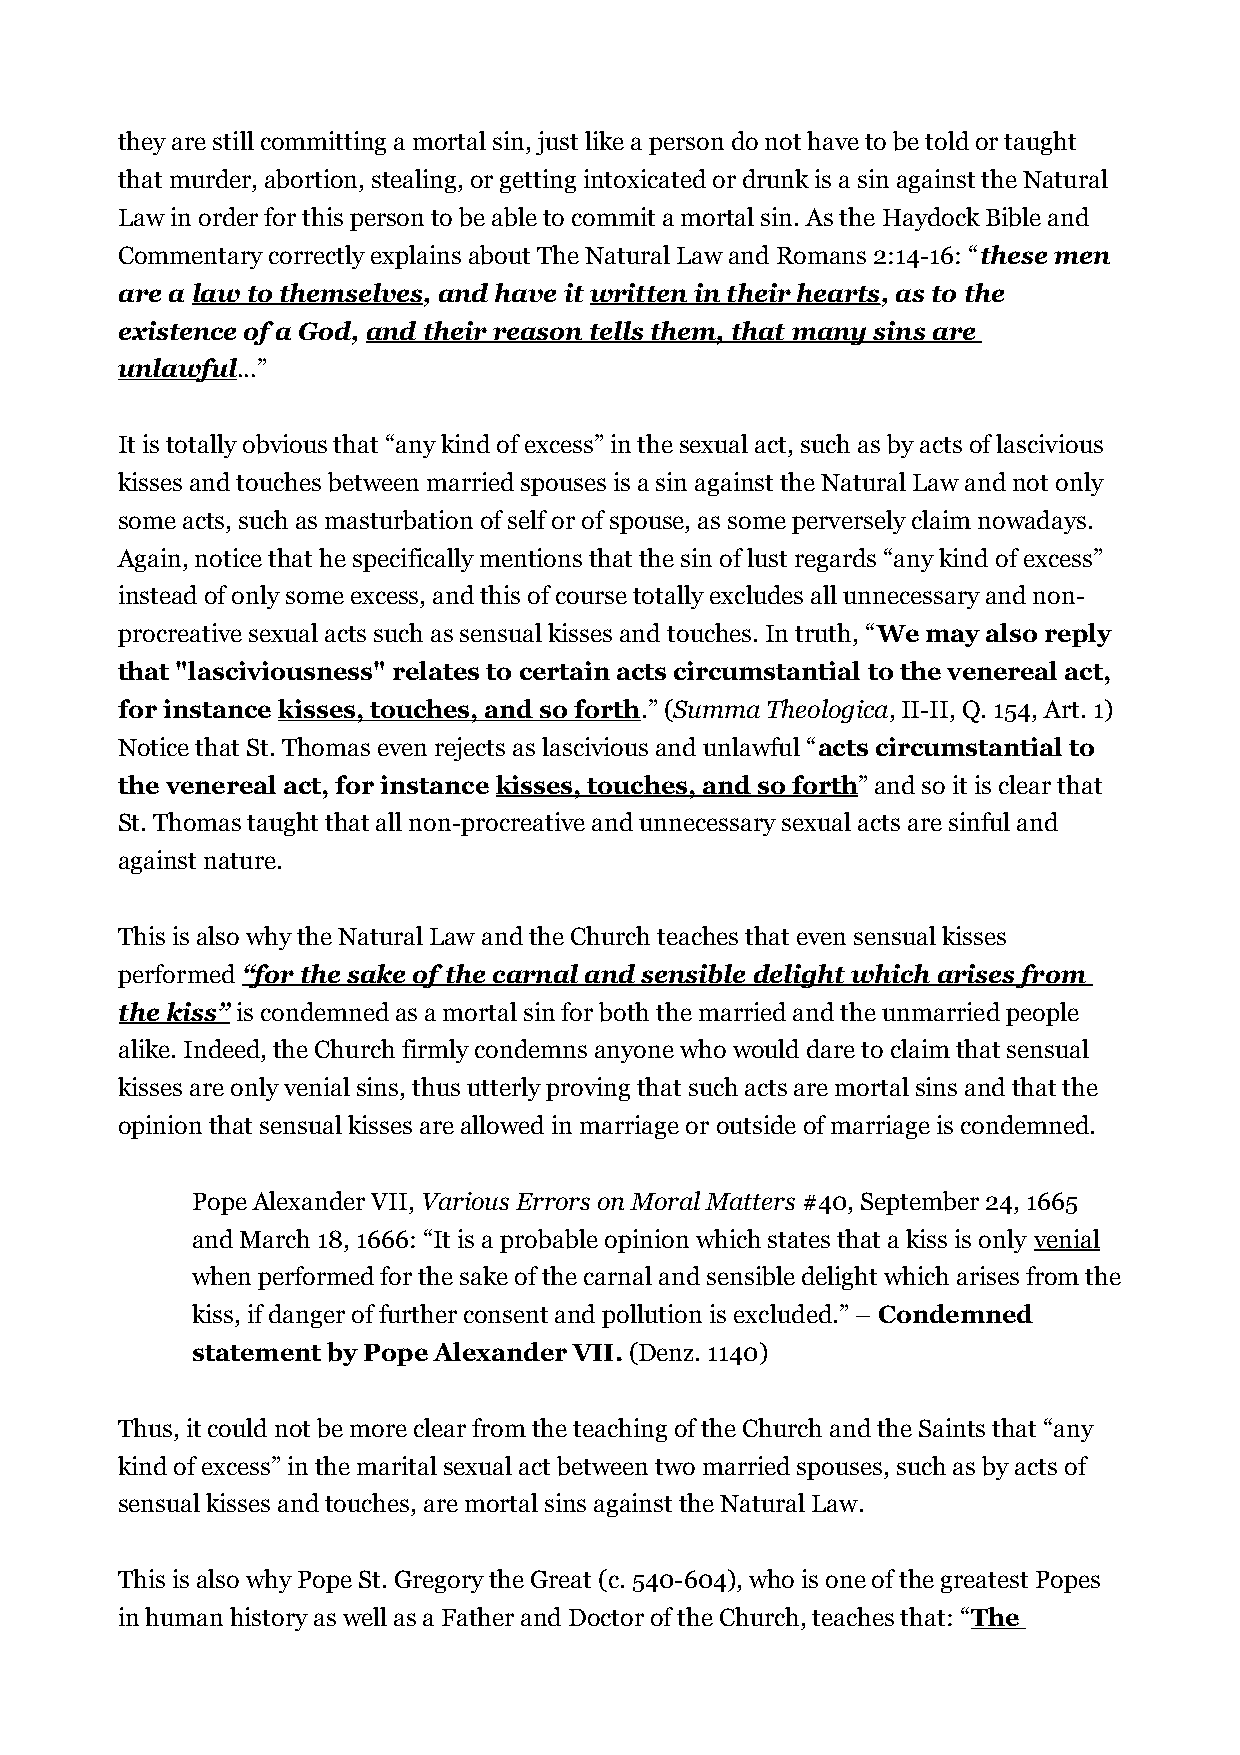
they are still committing a mortal sin, just like a person do not have to be told or taught
 that murder, abortion, stealing, or getting intoxicated or drunk is a sin against the Natural
 Law in order for this person to be able to commit a mortal sin. As the Haydock Bible and
 Commentary correctly explains about The Natural Law and Romans 2:14-16: “these men
 are a law to themselves, and have it written in their hearts, as to the
 existence of a God, and their reason tells them, that many sins are
 unlawful...”
 It is totally obvious that “any kind of excess” in the sexual act, such as by acts of lascivious
 kisses and touches between married spouses is a sin against the Natural Law and not only
 some acts, such as masturbation of self or of spouse, as some perversely claim nowadays.
 Again, notice that he specifically mentions that the sin of lust regards “any kind of excess”
 instead of only some excess, and this of course totally excludes all unnecessary and non-
 procreative sexual acts such as sensual kisses and touches. In truth, “We may also reply
 that "lasciviousness" relates to certain acts circumstantial to the venereal act,
 for instance kisses, touches, and so forth.” (Summa Theologica, II-II, Q. 154, Art. 1)
 Notice that St. Thomas even rejects as lascivious and unlawful “acts circumstantial to
 the venereal act, for instance kisses, touches, and so forth” and so it is clear that
 St. Thomas taught that all non-procreative and unnecessary sexual acts are sinful and
 against nature.
 This is also why the Natural Law and the Church teaches that even sensual kisses
 performed “for the sake of the carnal and sensible delight which arises from
 the kiss” is condemned as a mortal sin for both the married and the unmarried people
 alike. Indeed, the Church firmly condemns anyone who would dare to claim that sensual
 kisses are only venial sins, thus utterly proving that such acts are mortal sins and that the
 opinion that sensual kisses are allowed in marriage or outside of marriage is condemned.
 Pope Alexander VII, Various Errors on Moral Matters #40, September 24, 1665
 and March 18, 1666: “It is a probable opinion which states that a kiss is only venial
 when performed for the sake of the carnal and sensible delight which arises from the
 kiss, if danger of further consent and pollution is excluded.” – Condemned
 statement by Pope Alexander VII. (Denz. 1140)
 Thus, it could not be more clear from the teaching of the Church and the Saints that “any
 kind of excess” in the marital sexual act between two married spouses, such as by acts of
 sensual kisses and touches, are mortal sins against the Natural Law.
 This is also why Pope St. Gregory the Great (c. 540-604), who is one of the greatest Popes
 in human history as well as a Father and Doctor of the Church, teaches that: “The